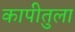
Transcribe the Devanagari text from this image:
कापीतुला